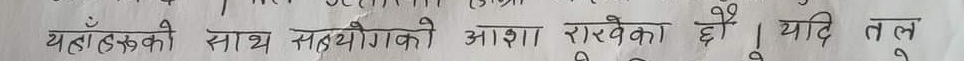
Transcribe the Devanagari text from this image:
यहाँहरुको साथ सहयोगीको आशा राखेका छौँ। यदि तल